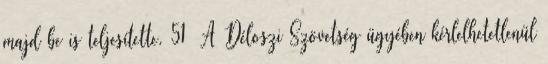
majd be is teljesítette. 51 A Déloszi Szövetség ügyében kérlelhetetlenül